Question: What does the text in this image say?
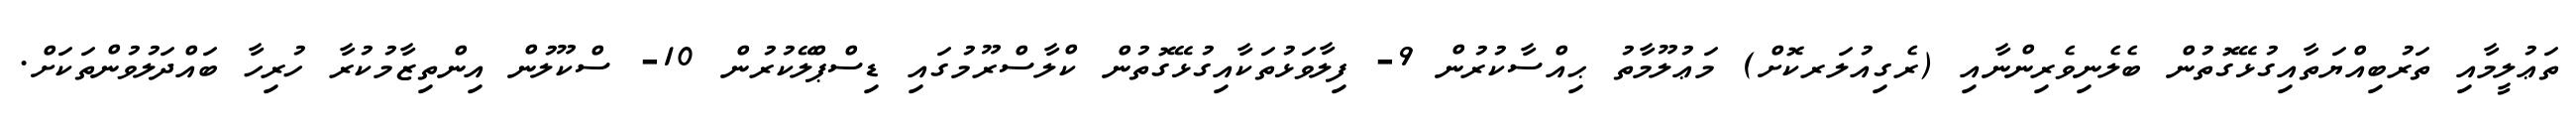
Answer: ތަޢުލީމާއި ތަރުބިއްޔަތާއިގުޅޭގޮތުން ބެލެނިވެރިންނާއި (ރެގިއުލަރކޮށް) މަޢުލޫމާތު ޙިއްސާކުރުން 9- ފިލާވަޅުތަކާއިގުޅޭގޮތުން ކްލާސްރޫމުގައި ޑިސްޕްލޭކުރުން 10- ސްކޫލުން އިންތިޒާމުކުރާ ހުރިހާ ބައްދަލުވުންތަކަށް.